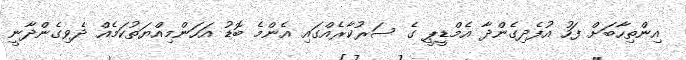
އިންތިހާބަށް ފަހު އުފެދިގެންދާ އެމްޑީޕީ ގެ ސަރުކާރެއްގައި އެންމެ ބޮޑު އަހަންމިއްޔަތުކަމެއް ދެވިގެންދާނީ